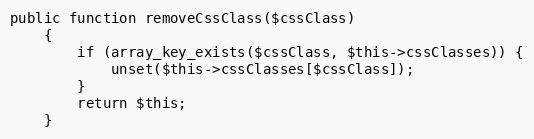
Language: PHP
public function removeCssClass($cssClass)
    {
        if (array_key_exists($cssClass, $this->cssClasses)) {
            unset($this->cssClasses[$cssClass]);
        }
        return $this;
    }